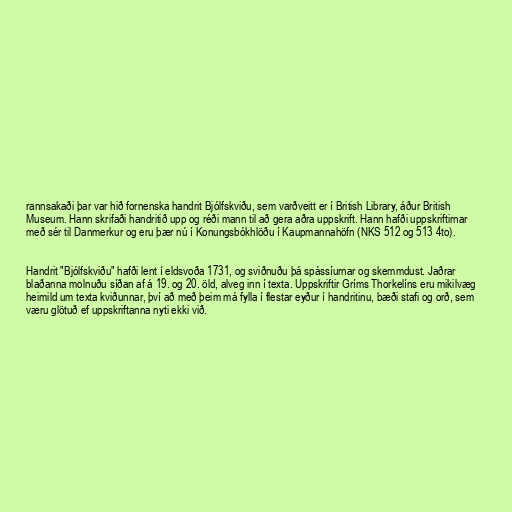
rannsakaði þar var hið fornenska handrit Bjólfskviðu, sem varðveitt er í British Library, áður British
Museum. Hann skrifaði handritið upp og réði mann til að gera aðra uppskrift. Hann hafði uppskriftirnar
með sér til Danmerkur og eru þær nú í Konungsbókhlöðu í Kaupmannahöfn (NKS 512 og 513 4to).

Handrit "Bjólfskviðu" hafði lent í eldsvoða 1731, og sviðnuðu þá spássíurnar og skemmdust. Jaðrar
blaðanna molnuðu síðan af á 19. og 20. öld, alveg inn í texta. Uppskriftir Gríms Thorkelíns eru mikilvæg
heimild um texta kviðunnar, því að með þeim má fylla í flestar eyður í handritinu, bæði stafi og orð, sem
væru glötuð ef uppskriftanna nyti ekki við.